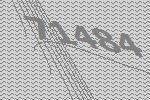
71484